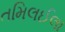
તમિલઈલા